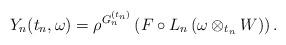
LaTeX: \begin{align*}Y_n(t_n,\omega) = \rho^{G^{(t_n)}_n}\left(F \circ L_n\left(\omega \otimes_{t_n} W\right)\right).\end{align*}